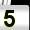
Digit: 5